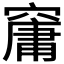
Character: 𥧱